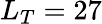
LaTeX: L_{T}=27